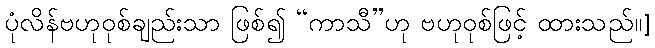
ပုံလိန်ဗဟုဝုစ်ချည်းသာ ဖြစ်၍ “ကာသီ”ဟု ဗဟုဝုစ်ဖြင့် ထားသည်။]